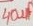
Text: 40µF